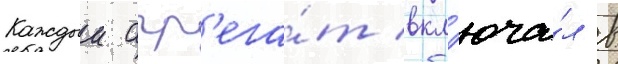
Каждыи агр'ега́т вкл'юча́л в